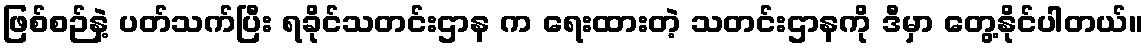
ဖြစ်စဉ်နဲ့ ပတ်သက်ပြီး ရခိုင်သတင်းဌာန က ရေးထားတဲ့ သတင်းဌာနကို ဒီမှာ တွေ့နိုင်ပါတယ်။